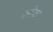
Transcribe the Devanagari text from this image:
उरोश